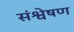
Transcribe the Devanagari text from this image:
संश्वेषण